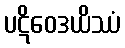
ပဋိဝေဒယိဿံ